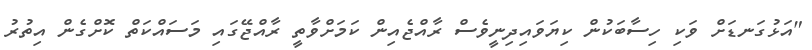
"އަޅުގަނޑަށް ވަކި ހިސާބަކުން ކިޔަވައިދިނީވެސް ރާއްޖެއިން ކަމަށްވާތީ ރާއްޖޭގައި މަަސައްކަތް ކޮށްގެން އިތުރު